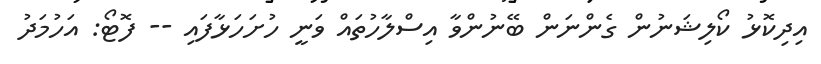
އިދިކޮޅު ކޯލިޝަނުން ގެންނަން ބޭނުންވާ އިސްލާހުތައް ވަނީ ހުށަހަޅާފައި -- ފޮޓޯ: އަހުމަދު